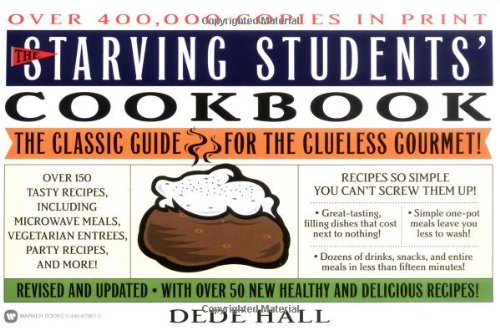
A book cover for The Starving Students' Cookbook; Dede Hall; Cookbooks, Food & Wine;